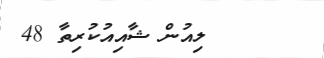
ލިއުން ޝާއިއުކުރިތާ 48